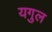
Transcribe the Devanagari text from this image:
यगुल